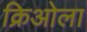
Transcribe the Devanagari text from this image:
क्रिओला